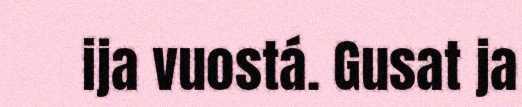
ija vuostá. Gusat ja